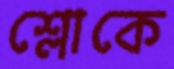
শ্লোকে